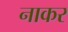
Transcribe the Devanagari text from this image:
नाकर